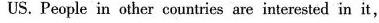
US. People in other countries are interested in it,